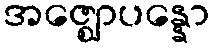
အဇ္ဈောပန္နော